Annual administration report of the Civil Veterinary Department of India - 1909-1910
Year: 1909
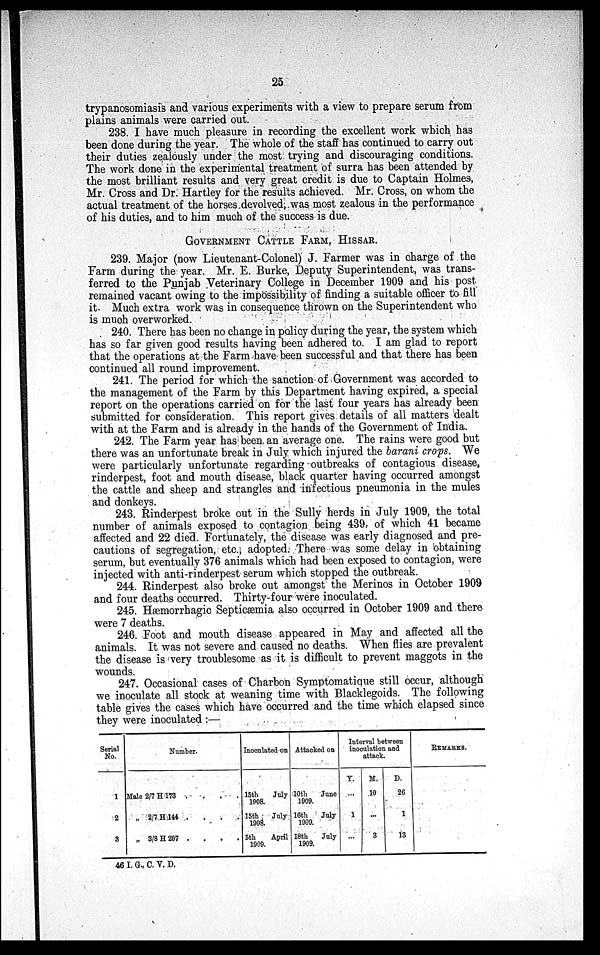
25
trypanosomiasis and various experiments with a view to prepare serum from
plains animals were carried out.
238. I have much pleasure in recording the excellent work which has
been done during the year. The whole of the staff has continued to carry out
their duties zealously under the most trying and discouraging conditions.
The work done in the experimental treatment of surra has been attended by
the most brilliant results and very great credit is due to Captain Holmes,
Mr. Cross and Dr. Hartley for the results achieved. Mr. Cross, on whom the
actual treatment of the horses devolved, was most zealous in the performance
of his duties, and to him much of the success is due.
GOVERNMENT CATTLE FARM, HISSAR.
239. Major (now Lieutenant-Colonel) J. Farmer was in charge of the
Farm during the year. Mr. E. Burke, Deputy Superintendent, was trans-
ferred to the Punjab Veterinary College in December 1909 and his post
remained vacant owing to the impossibility of finding a suitable officer to fill
it. Much extra work was in consequence thrown on the Superintendent who
is much overworked.
240. There has been no change in policy during the year, the system which
has so far given good results having been adhered to. I am glad to report
that the operations at the Farm have been successful and that there has been
continued all round improvement.
241. The period for which the sanction of Government was accorded to
the management of the Farm by this Department having expired, a special
report on the operations carried on for the last four years has already been
submitted for consideration. This report gives details of all matters dealt
with at the Farm and is already in the hands of the Government of India.
242. The Farm year has been an average one. The rains were good but
there was an unfortunate break in July which injured the barani crops. We
were particularly unfortunate regarding outbreaks of contagious disease,
rinderpest, foot and mouth disease, black quarter having occurred amongst
the cattle and sheep and strangles and infectious pneumonia in the mules
and donkeys.
243. Rinderpest broke out in the Sully herds in July 1909, the total
number of animals exposed to contagion being 439, of which 41 became
affected and 22 died. Fortunately, the disease was early diagnosed and pre-
cautions of segregation, etc., adopted. There was some delay in obtaining
serum, but eventually 376 animals which had been exposed to contagion, were
injected with anti-rinderpest serum which stopped the outbreak.
244. Rinderpest also broke out amongst the Merinos in October 1909
and four deaths occurred. Thirty-four were inoculated.
245. Hæmorrhagic Septicæmia also occurred in October 1909 and there
were 7 deaths.
246. Foot and mouth disease appeared in May and affected all the
animals. It was not severe and caused no deaths. When flies are prevalent
the disease is very troublesome as it is difficult to prevent maggots in the
wounds.
247. Occasional cases of Charbon Symptomatique still occur, although
we inoculate all stock at weaning time with Blacklegoids. The following
table gives the cases which have occurred and the time which elapsed since
they were inoculated :—
Serial
No.
1
2
3
Number.
Male 2/7 H 173 . . . .
„ 2/7 H 144 . . . .
„ 3/8 H 207 . . . .
Inoculated on
15th
July
1908.
15th
July
1908.
5th
April
1909.
Attacked on
10th
June
1909.
16th
July
1909.
18th
July
1909.
Interval between
inoculation and
attack.
Y.
...
1
...
M.
10
...
3
D.
26
1
13
REMARKS.
46 I. G., C. V. D.